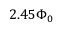
2 . 4 5 \Phi _ { 0 }